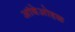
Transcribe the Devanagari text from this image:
आंबेओहळ